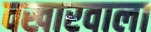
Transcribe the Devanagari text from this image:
वखारवाला